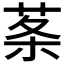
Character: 𦰏